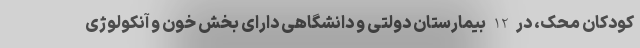
کودکان محک، در 12 بیمارستان دولتی و دانشگاهی دارای بخش خون و آنکولوژی